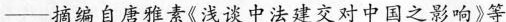
-摘编自唐雅素《浅谈中法建交对中国之影响》等